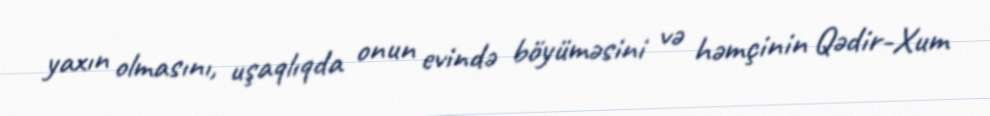
yaxın olmasını, uşaqlıqda onun evində böyüməsini və həmçinin Qədir-Xum